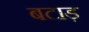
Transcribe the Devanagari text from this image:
बटाड़